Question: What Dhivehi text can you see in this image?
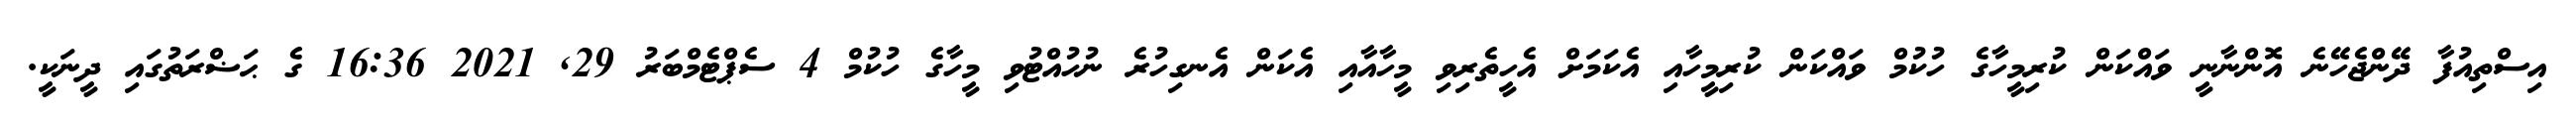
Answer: އިސްތިއުފާ ދޭންޖެހޭނެ އޮންނާނީ ވައްކަން ކުރިމީހާގެ ހުކުމް ވައްކަން ކުރިމީހާއި އެކަމަށް އެހީތެރިވި މީހާއާއި އެކަން އެނގިހުރެ ނުހުއްޓުވި މީހާގެ ހުކުމް 4 ސެޕްޓެމްބަރު 29, 2021 16:36 ގެ ޙަޟްރަތުގައި ދީނަކީ.